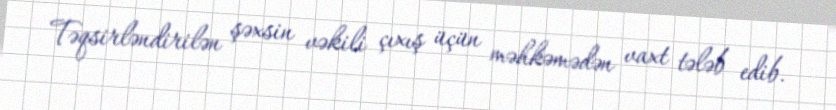
Təqsirləndirilən şəxsin vəkili çıxış üçün məhkəmədən vaxt tələb edib.